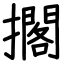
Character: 擱